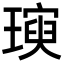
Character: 𪼖